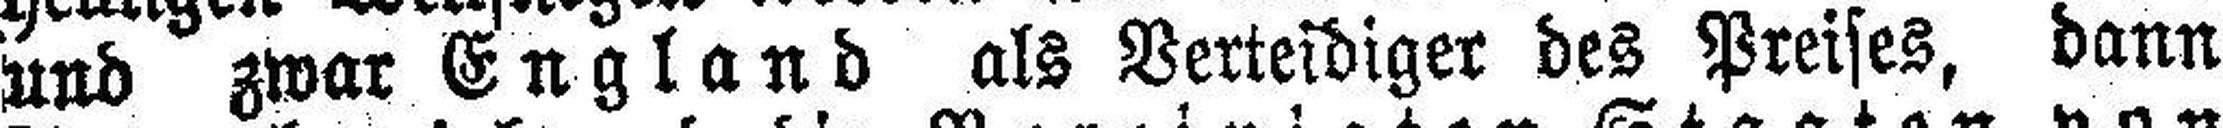
und zwar England als Verteidiger des Preises, dann